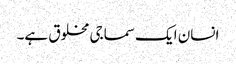
انسان ایک سماجی مخلوق ہے۔